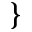
\}